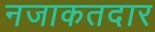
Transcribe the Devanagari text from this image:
नजाकतदार